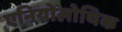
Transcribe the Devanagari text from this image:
एनियोलोथिक